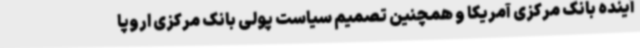
آینده بانک مرکزی آمریکا و همچنین تصمیم سیاست پولی بانک مرکزی اروپا